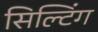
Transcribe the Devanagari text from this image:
सिल्टिंग